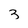
Character: 3